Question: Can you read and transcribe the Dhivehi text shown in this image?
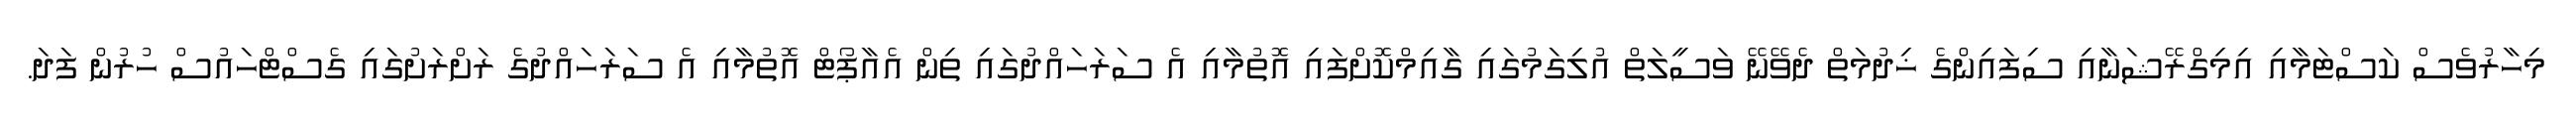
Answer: މިހާރުވެސް ކަސްޓަމާއި އިމިގްރޭޝަނާއި ސިފައިންގެ ޚިދުމަތް ދެވޭނޭ ވަސީލަތް އުލިގަމުގައި ގާއިމްކޮށްފައި އޮތުމާއި އެ ސަރަހައްދުގައި ތިން އެއާޕޯޓް އޮތުމާއި އެ ސަރަހައްދުގެ ރަށްރަށުގައި ގެސްޓްހައުސް ހުރުން ފަދަ.